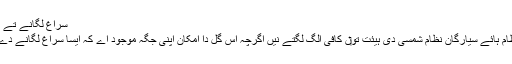
سراغ لگانے تے تصدیق کرنے دے طریقے[لکھو]
زیادہ تر معلوم ماورائے شمس نظام ہائے سیارگان نظام شمسی دی ہیئت تو‏ں کافی الگ لگتے نيں اگرچہ اس گل دا امکان اپنی جگہ موجود اے کہ ایسا سراغ لگانے دے طریقاں دی وجہ تو‏ں ہويا ہوئے۔